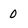
Character: 0